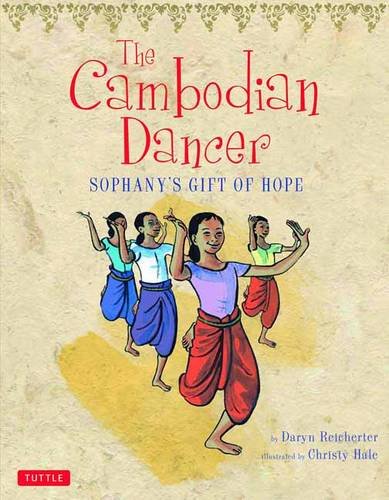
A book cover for The Cambodian Dancer: Sophany's Gift of Hope; Daryn Reicherter; Children's Books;